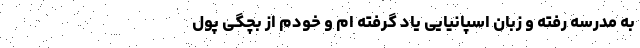
به مدرسه رفته‌ و زبان اسپانیایی یاد گرفته‌ ام و خودم از بچگی پول